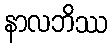
နာလဘိဿ